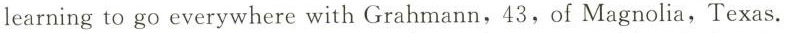
learning to go everywhere with Grahmann,43,of Magnolia,Texas.